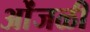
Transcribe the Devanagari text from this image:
ओंजळी